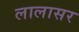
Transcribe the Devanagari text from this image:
लालासर